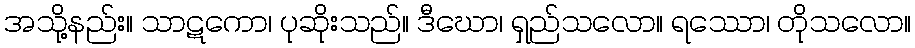
အသို့နည်း။ သာဋကော၊ ပုဆိုးသည်။ ဒီဃော၊ ရှည်သလော။ ရဿော၊ တိုသလော။